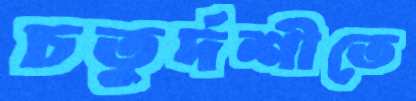
চতুর্দশীতে